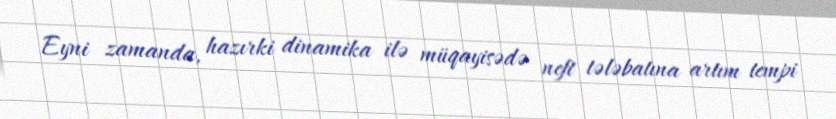
Eyni zamanda, hazırki dinamika ilə müqayisədə neft tələbatına artım tempi